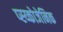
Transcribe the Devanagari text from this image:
प्स्य्कोजेनिक